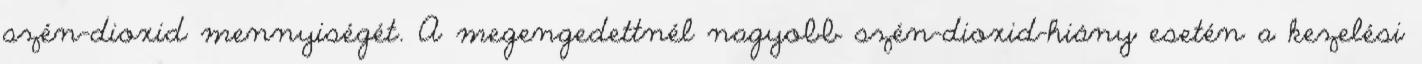
szén-dioxid mennyiségét. A megengedettnél nagyobb szén-dioxid-hiány esetén a kezelési